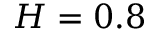
H = 0 . 8